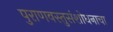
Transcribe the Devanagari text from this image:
पुराणवस्तुसंशोधनाचा